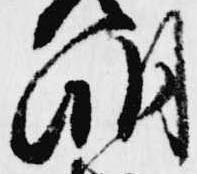
明